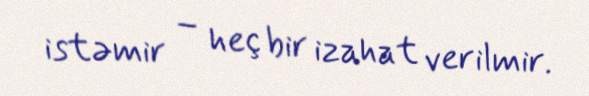
istəmir – heç bir izahat verilmir.